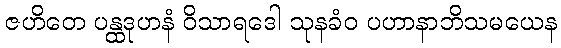
ဇဟိတေ ပန္ထဒုဟနံ ဝိသာရဒေါ သုနခံဝ ပဟာနာဘိသမယေန